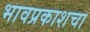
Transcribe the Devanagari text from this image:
भावप्रकाशचा